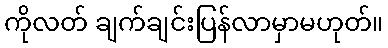
ကိုလတ် ချက်ချင်းပြန်လာမှာမဟုတ်။